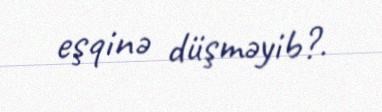
eşqinə düşməyib?.